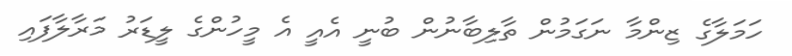
ހަމަލާގެ ޒިންމާ ނަގަމުން ތާލިބާނުން ބުނީ އެއީ އެ މީހުންގެ ލީޑަރު މަރާލާފައި